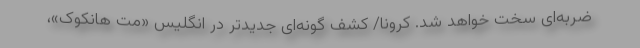
ضربه‌ای سخت خواهد شد. کرونا/ کشف گونه‌ای جدیدتر در انگلیس «مت هانکوک»،